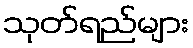
သုတ်ရည်များ